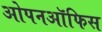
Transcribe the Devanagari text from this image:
ओपनऑफिस